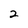
Character: 2